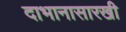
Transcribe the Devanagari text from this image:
दाभानासारखी